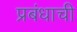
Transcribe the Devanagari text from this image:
प्रबंधाची